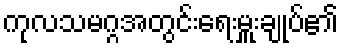
ကုလသမဂ္ဂအတွင်းရေးမှူးချုပ်၏